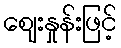
ဈေးနှုန်းဖြင့်